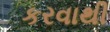
કરવાથી